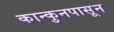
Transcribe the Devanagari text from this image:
कान्कुनपासून